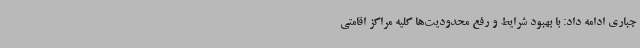
جباری ادامه داد: با بهبود شرایط و رفع محدودیت‌ها کلیه مراکز اقامتی